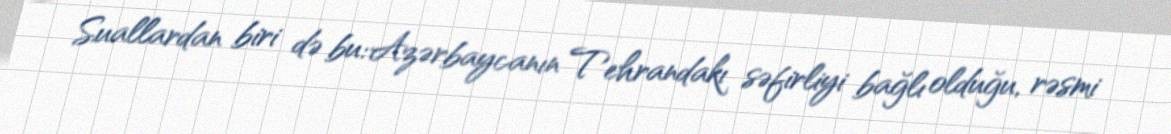
Suallardan biri də bu: Azərbaycanın Tehrandakı səfirliyi bağlı olduğu, rəsmi